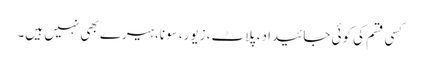
کسی قسم کی کوئی جائیداد، پلاٹ، زیور، سونا، ہیرے بھی نہیں ہیں۔